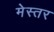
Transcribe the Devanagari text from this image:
मेस्तर